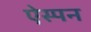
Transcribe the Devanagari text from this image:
ऐस्पन